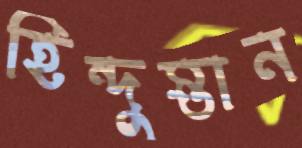
হিন্দুস্তান